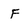
Character: f